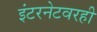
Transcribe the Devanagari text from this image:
इंटरनेटवरही